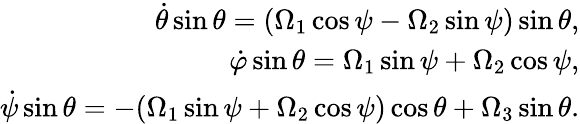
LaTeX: \begin{array}{r}{\dot{\theta}\sin\theta=(\Omega_{1}\cos\psi-\Omega_{2}\sin\psi)\sin\theta,}\\ {\dot{\varphi}\sin\theta=\Omega_{1}\sin\psi+\Omega_{2}\cos\psi,}\\ {\dot{\psi}\sin\theta=-(\Omega_{1}\sin\psi+\Omega_{2}\cos\psi)\cos\theta+\Omega_{3}\sin\theta.}\end{array}